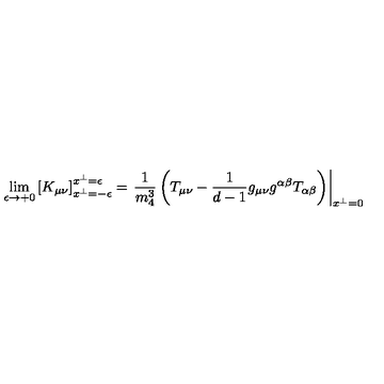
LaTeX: \lim _ { \epsilon \to + 0 } \left[ K _ { \mu \nu } \right] _ { x ^ { \perp } = - \epsilon } ^ { x ^ { \perp } = \epsilon } = \left. \frac { 1 } { m _ { 4 } ^ { 3 } } \left( T _ { \mu \nu } - \frac { 1 } { d - 1 } g _ { \mu \nu } g ^ { \alpha \beta } T _ { \alpha \beta } \right) \right| _ { x ^ { \perp } = 0 }